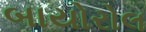
બાયોરોલ